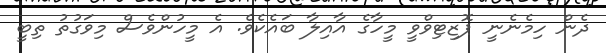
ދެން ހިމެނެނީ ޕޮޒިޓިވްވީ މީހާގެ އާއިލާ ބައެކެވެ. އެ މީހުންވެސް މިވަގުތު ތިބީ